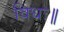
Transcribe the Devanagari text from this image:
विधः॥